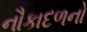
નૌકાદળનો